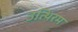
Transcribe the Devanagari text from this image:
उत्थिरम